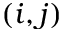
( i , j )